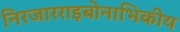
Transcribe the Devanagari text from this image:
निरजारराइबोनाभिकीय